Civil Veterinary Department. Madras. Admin. report 1926-33 - 1926-1933
Year: 1926
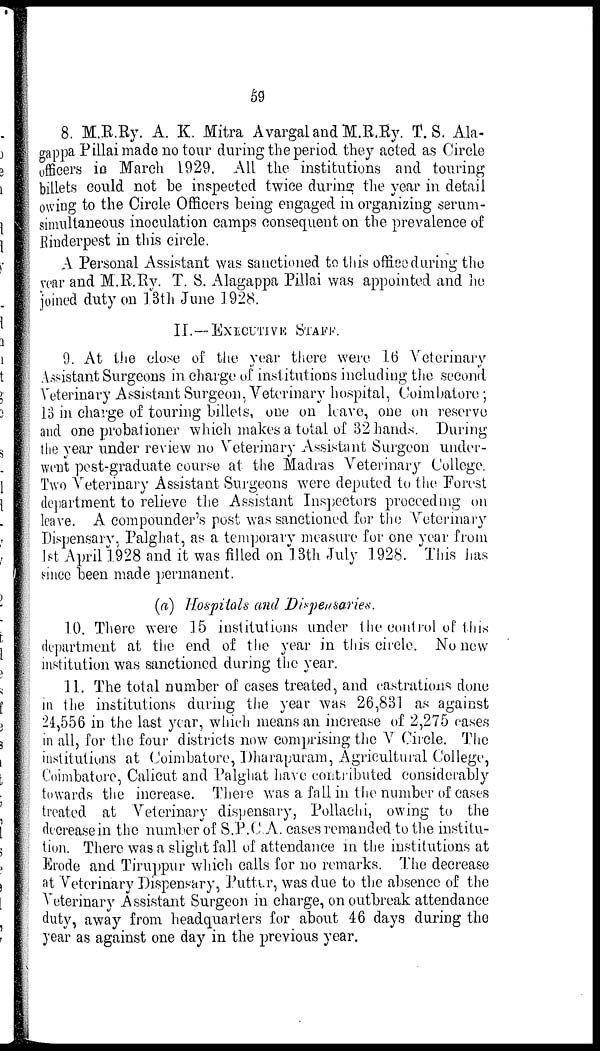
59
8. M.R.Ry. A. K. Mitra Avargal and M.R.Ry. T. S. Ala-
gappa Pillai made no tour during the period they acted as Circle
officers in March 1929. All the institutions and touring
billets could not be inspected twice during the year in detail
owing to the Circle Officers being engaged in organizing serum-
simultaneous inoculation camps consequent on the prevalence of
Rinderpest in this circle.
A Personal Assistant was sanctioned to this office during the
year and M.R.Ry. T. S. Alagappa Pillai was appointed and he
joined duty on 13th June 1928.
II.— EXECUTIVK STAFF.
9. At the close of the year there were 16 Veterinary
Assistant Surgeons in charge of institutions including the second
Veterinary Assistant Surgeon, Veterinary hospital, Coimbatore;
13 in charge of touring billets, one on leave, one on reserve
and one probationer which makes a total of 32 hands. During
the year under review no Veterinary Assistant Surgeon under-
went pest-graduate course at the Madras Veterinary College.
Two Veterinary Assistant Surgeons were deputed to the Forest
department to relieve the Assistant Inspectors proceeding on
leave. A compounder's post was sanctioned for the Veterinary
Dispensary, Palghat, as a temporary measure for one year from
1st April 1928 and it was filled on 13th July 1928. This has
since been made permanent.
(a) Hospitals and Dispensaries.
10. There were 15 institutions under the control of this
department at the end of the year in this circle. No new
institution was sanctioned during the year.
11. The total number of cases treated, and castrations done
in the institutions during the year was 26,831 as against
24,556 in the last year, which means an increase of 2,275 eases
in all, for the four districts now comprising the V Circle. The
institutions at Coimbatore, Dharapuram, Agricultural College,
Coimbatore, Calicut and Palghat have contributed considerably
towards the increase. There was a fall in the number of cases
treated at Veterinary dispensary, Pollachi, owing to the
decrease in the number of S.P.C.A. cases remanded to the institu-
tion. There was a slight fall of attendance in the institutions at
Erode and Tiruppur which calls for no remarks. The decrease
at Veterinary Dispensary, Putttr, was due to the absence of the
Veterinary Assistant Surgeon in charge, on outbreak attendance
duty, away from headquarters for about 46 days during the
year as against one day in the previous year.